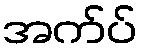
အက်ပ်